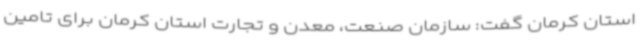
استان کرمان گفت: سازمان صنعت، معدن و تجارت استان کرمان برای تامین